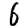
Digit: 6